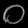
Digit: ၀